Indian journal of veterinary science and animal husbandry - Volumes 18-21, 1948-1951
Year: 1948
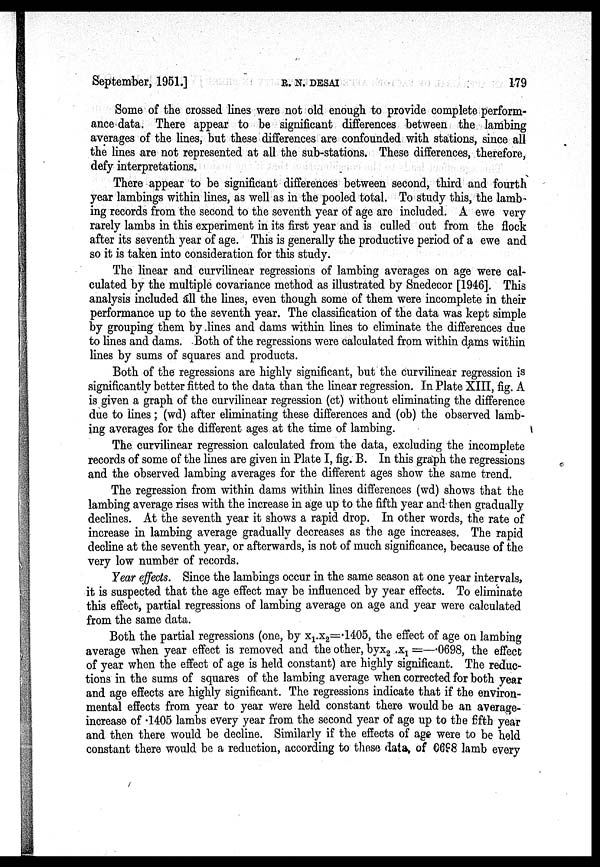
September, 1951.]
R.
N.
DESAI
179
Some of the crossed lines were not old enough to provide complete perform-
ance data. There appear to be significant differences between the lambing
averages of the lines, but these differences are confounded with stations, since all
the lines are not represented at all the sub-stations. These differences, therefore,
defy interpretations.
There appear to be significant differences between second, third and fourth
year lambings within lines, as well as in the pooled total. To study this, the lamb-
ing records from the second to the seventh year of age are included. A ewe very
rarely lambs in this experiment in its first year and is culled out from the flock
after its seventh year of age. This is generally the productive period of a ewe and
so it is taken into consideration for this study.
The linear and curvilinear regressions of lambing averages on age were cal-
culated by the multiple covariance method as illustrated by Snedecor [1946]. This
analysis included all the lines, even though some of them were incomplete in their
performance up to the seventh year. The classification of the data was kept simple
by grouping them by lines and dams within lines to eliminate the differences due
to lines and dams. Both of the regressions were calculated from within dams within
lines by sums of squares and products.
Both of the regressions are highly significant, but the curvilinear regression is
significantly better fitted to the data than the linear regression. In Plate XIII, fig. A
is given a graph of the curvilinear regression (ct) without eliminating the difference
due to lines; (wd) after eliminating these differences and (ob) the observed lamb-
ing averages for the different ages at the time of lambing.
The curvilinear regression calculated from the data, excluding the incomplete
records of some of the lines are given in Plate I, fig. B. In this graph the regressions
and the observed lambing averages for the different ages show the same trend.
The regression from within dams within lines differences (wd) shows that the
lambing average rises with the increase in age up to the fifth year and then gradually
declines. At the seventh year it shows a rapid drop. In other words, the rate of
increase in lambing average gradually decreases as the age increases. The rapid
decline at the seventh year, or afterwards, is not of much significance, because of the
very low number of records.
Year effects. Since the lambings occur in the same season at one year intervals,
it is suspected that the age effect may be influenced by year effects. To eliminate
this effect, partial regressions of lambing average on age and year were calculated
from the same data.
Both the partial regressions (one, by x 1 .x 2 =.1405, the effect of age on lambing
average when year effect is removed and the other, byx 2 .x 1 =—.0698, the effect
of year when the effect of age is held constant) are highly significant. The reduc-
tions in the sums of squares of the lambing average when corrected for both year
and age effects are highly significant. The regressions indicate that if the environ-
mental effects from year to year were held constant there would be an average-
increase of .1405 lambs every year from the second year of age up to the fifth year
and then there would be decline. Similarly if the effects of age were to be held
constant there would be a reduction, according to these data, of 0698 lamb every